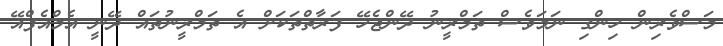
މަސްވެރިން ހިންގި ނަމަވެސް ތަމްރީނު ދޭންޖެހޭ ފަރާތްތަކަށް އެ ތަމްރީނުތައް ދޭނީ އެމްއެފްއޭ